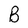
Character: B